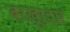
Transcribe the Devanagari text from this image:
बरखुरदार